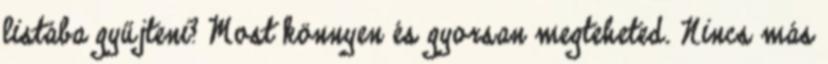
listába gyűjteni? Most könnyen és gyorsan megteheted. Nincs más